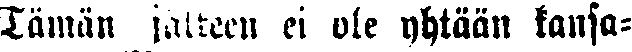
Tämän jälkeen ei ole yhtään kansa-